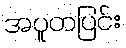
အပူတပြင်း